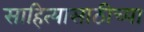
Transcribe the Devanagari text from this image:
साहित्यासाठीच्या